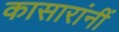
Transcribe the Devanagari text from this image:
कासारांनीं